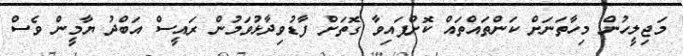
މަޖިލީހުން މިހާތަނަށް ކަންތައްތައް ކޮށްފައިވާ ގޮތަށް ފާޑުވިދާޅުވަމުން ރައީސް އަބްދު ޔާމީން ވެސް